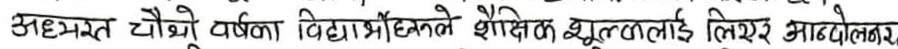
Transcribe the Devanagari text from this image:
अध्ययन चौथो वर्षका विद्यार्थीहरूले शैक्षिक शुल्कलाई लिएर आन्दोलन